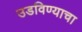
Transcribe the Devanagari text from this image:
उडविण्याचा